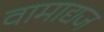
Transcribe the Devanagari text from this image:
वामाद्यज